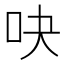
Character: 吷